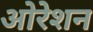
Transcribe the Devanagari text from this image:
ओरेशन